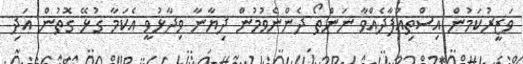
ވަޒީރުކަމުން އިސްތިއުފާދެއްވާ ނަންތޯ ދެންނެވުމުން ދިޔާނާ ވިދާޅުވީ އެކަމާ ގުޅޭ ގޮތުން އަދި